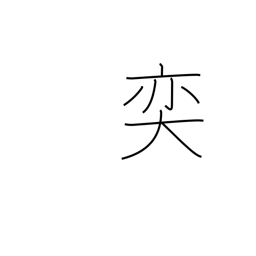
Meaning: large